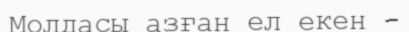
Молдасы азған ел екен -